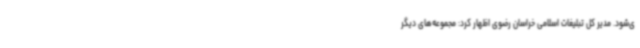
ی‌شود. مدیر کل تبلیغات اسلامی خراسان رضوی اظهار کرد: مجموعه‌های دیگر